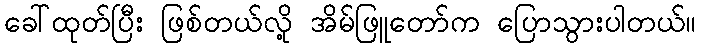
ခေါ်ထုတ်ပြီး ဖြစ်တယ်လို့ အိမ်ဖြူတော်က ပြောသွားပါတယ်။